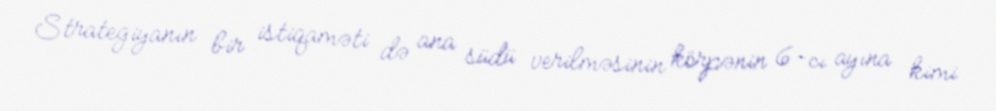
Strategiyanın bir istiqaməti də ana südü verilməsinin körpənin 6-cı ayına kimi